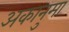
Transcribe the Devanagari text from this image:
अकानुमा